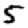
Digit: 5